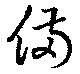
備